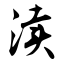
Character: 渎